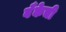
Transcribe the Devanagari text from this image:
बॅँकेची